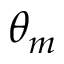
\theta _ { m }